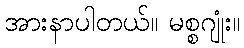
အားနာပါတယ်။ မစ္စဂျုံး။